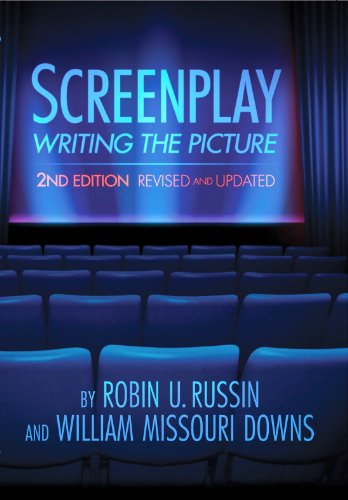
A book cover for Screenplay: Writing the Picture, 2nd Edition; Robin U. Russin; Humor & Entertainment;